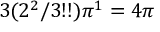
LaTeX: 3 ( 2 ^ { 2 } / 3 ! ! ) \pi ^ { 1 } = 4 \pi